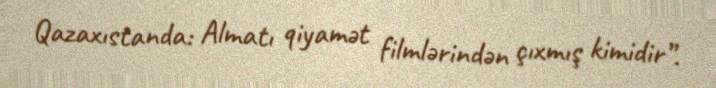
Qazaxıstanda: Almatı qiyamət filmlərindən çıxmış kimidir”.